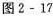
图2-17